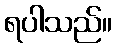
ရပါသည်။